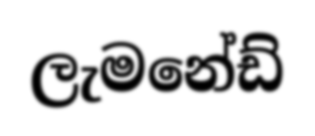
ලැමනේඩ්